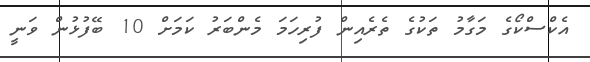
އެކްސްކޯގެ މަގާމު ތަކުގެ ތެރެއިން ފުރިހަމަ މެންބަރު ކަމަށް 10 ބޭފުޅުން ވަނީ